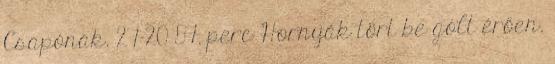
Csapónak. 27–20 57. perc Hornyák tört be gólt érően.